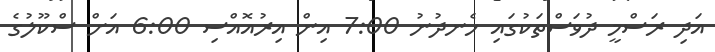
އަދި ރަސްމީ ދުވަސްތަކުގައި ހެނދުނު 7:00 އިން އިރުއޮއްސި 6:00 އަށް ސްކޫލުގެ